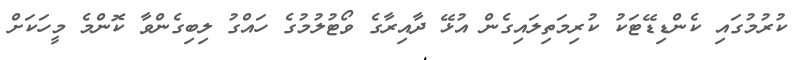
ކުރުމުގައި ކެންޑިޑޭޓަކު ކުރިމަތިލައިގެން އުޅޭ ދާއިރާގެ ވޯޓުލުމުގެ ހައްގު ލިބިގެންވާ ކޮންމެ މީހަކަށް